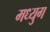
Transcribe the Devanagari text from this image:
मध्युग